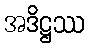
အဒိဋ္ဌဿ